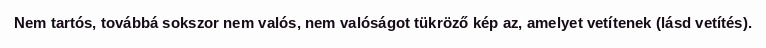
Nem tartós, továbbá sokszor nem valós, nem valóságot tükröző kép az, amelyet vetítenek (lásd vetítés).